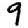
Digit: 9